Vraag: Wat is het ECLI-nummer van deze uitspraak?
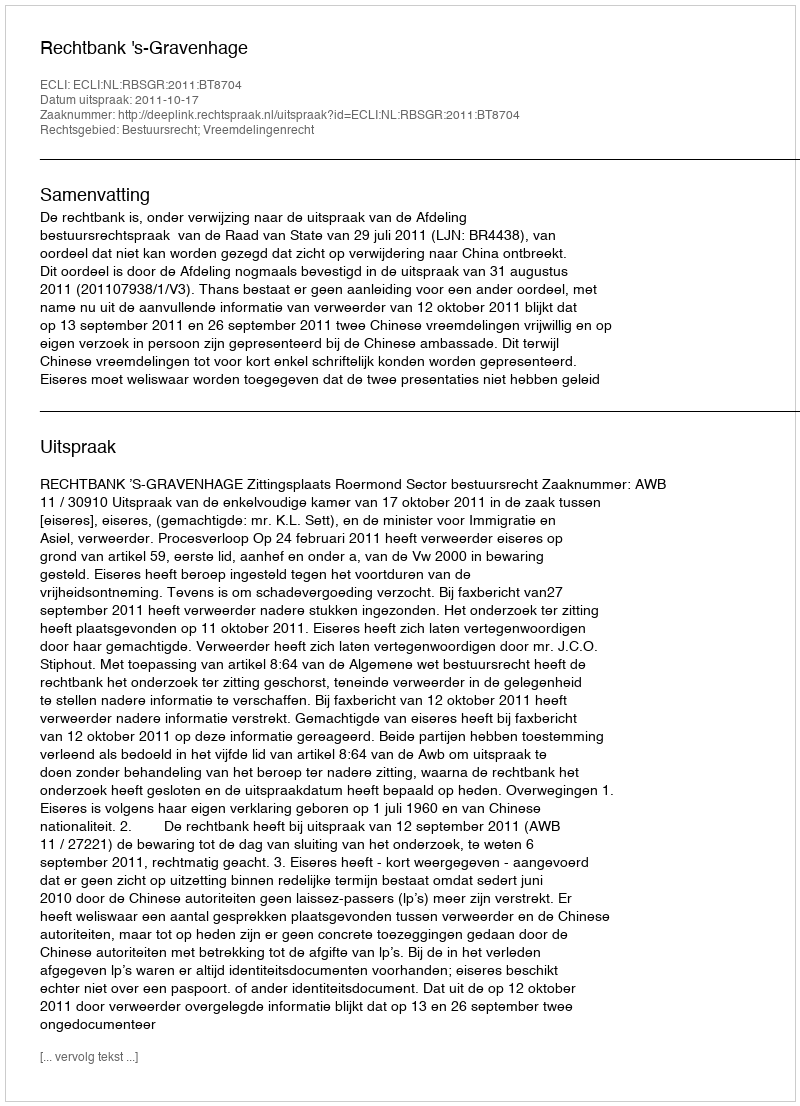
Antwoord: ECLI:NL:RBSGR:2011:BT8704